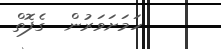
ހަމަށަވަރުން  ގެފޮތް